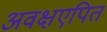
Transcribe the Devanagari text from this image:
अवक्षएपित